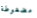
مضغوطة